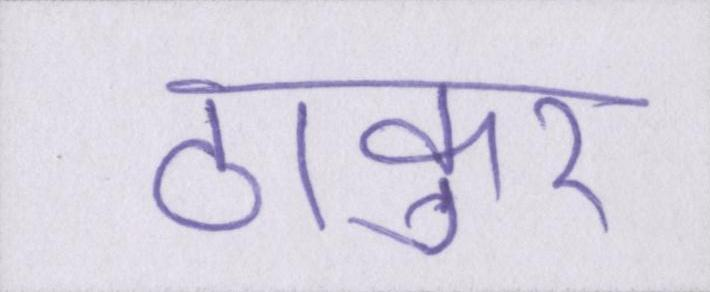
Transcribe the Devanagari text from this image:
ठाकुर